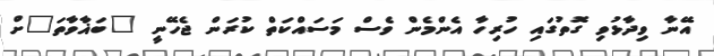
އޭނާ ވިދާޅުވި ގޮތުގައި ހުރިހާ އެންމެން ވެސް މަސައްކަތް ކުރަން ޖެހޭނީ "ބަޣާވާތަ"ށް